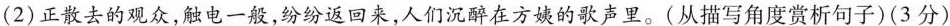
(2)正散去的观众，触电一般，纷纷返回来，人们沉醉在方姨的歌声里。(从描写角度赏析句子)(3分)